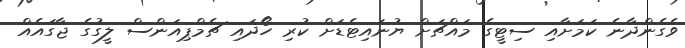
ވެގެންދާނެ ކަމަށާއި ސިޓީގެ މައްޗަށް ޔުނައިޓެޑަށް ކުރި ހޯދައި ޗެމްޕިއަންސް ލީގުގެ ޖާގައެއް